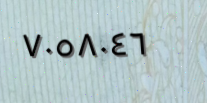
٧٠٥٨٠٤٦